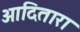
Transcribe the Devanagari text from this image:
आदितारा